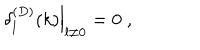
\left. \delta _ { l } ^ { ( D ) } ( k ) \right| _ { l \neq 0 } = 0 \; ,